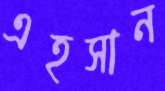
এহসান